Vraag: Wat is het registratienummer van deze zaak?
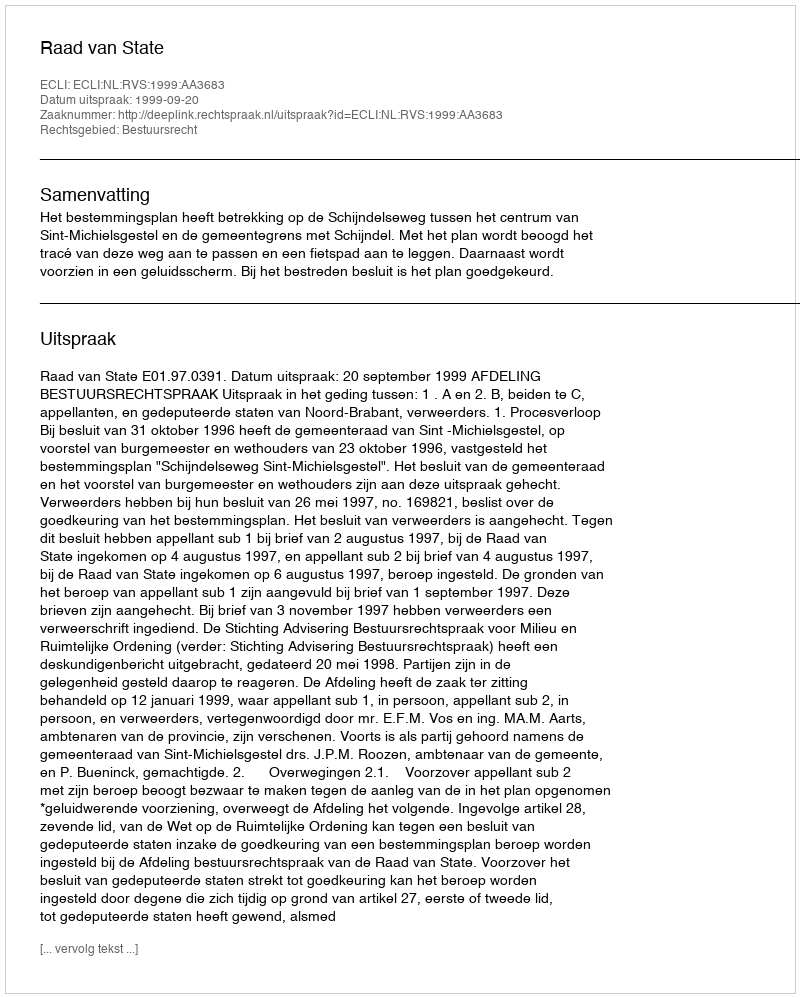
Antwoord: http://deeplink.rechtspraak.nl/uitspraak?id=ECLI:NL:RVS:1999:AA3683